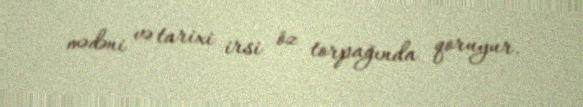
mədəni və tarixi irsi öz torpağında qoruyur.